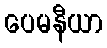
ပေမနီယာ